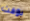
بوقت